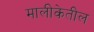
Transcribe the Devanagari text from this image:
मालीकेतील